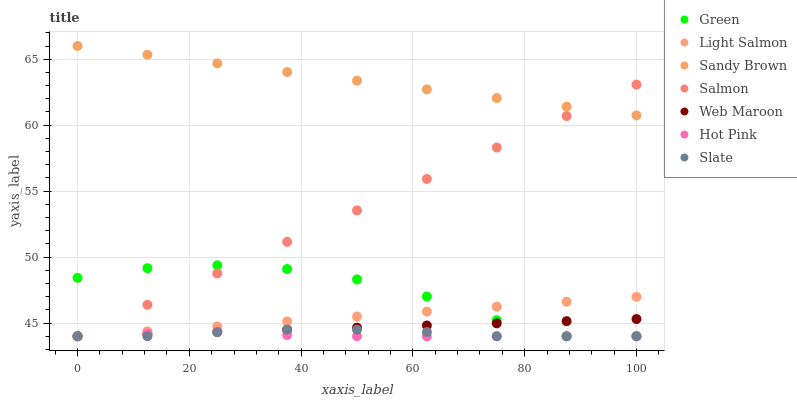
| xaxis_label | Green | Light Salmon | Sandy Brown | Salmon | Web Maroon | Hot Pink | Slate |
 | --- | --- | --- | --- | --- | --- | --- | --- |
 | 0 | 48.4 | 44 | 66 | 44 | 44 | 44 | 44 |
 | 12.5 | 49.2 | 44.4 | 65.3 | 46.4 | 44.2 | 44.2 | 44 |
 | 25 | 49.4 | 44.7 | 64.7 | 48.8 | 44.3 | 44.4 | 44.3 |
 | 37.5 | 49.1 | 45.1 | 64 | 51.2 | 44.5 | 44.1 | 44.5 |
 | 50 | 48.3 | 45.5 | 63.4 | 53.5 | 44.7 | 44 | 44.5 |
 | 62.5 | 47 | 45.9 | 62.7 | 55.9 | 44.8 | 44 | 44.3 |
 | 75 | 45.2 | 46.2 | 62.1 | 58.3 | 45 | 44 | 44 |
 | 87.5 | 44 | 46.6 | 61.4 | 60.7 | 45.1 | 44 | 44 |
 | 100 | 44 | 47 | 60.7 | 63.1 | 45.3 | 44 | 44 |